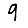
Digit: 9